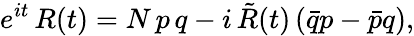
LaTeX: e^{it}\, R(t)=N\, p\, q-i\, \tilde{R}(t)\, (\bar{q}p-\bar{p}q),